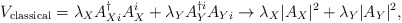
\begin{align*}V_{\rm classical} = \lambda_X A_{Xi}^{\dag} A_X^i + \lambda_Y A_Y^{\dag i} A_{Yi} \rightarrow \lambda_X |A_X|^2 + \lambda_Y |A_Y|^2,\end{align*}